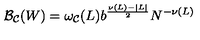
{ \cal B _ { C } } ( W ) = \omega _ { \cal C } ( L ) b ^ { \frac { \nu ( L ) - | L | } { 2 } } N ^ { - \nu ( L ) }